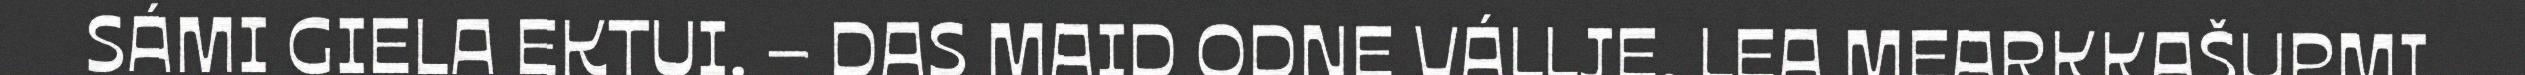
SÁMI GIELA EKTUI. – DAS MAID ODNE VÁLLJE, LEA MEARKKAŠUPMI